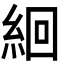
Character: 絗